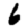
Digit: 6